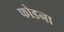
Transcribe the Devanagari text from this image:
फोडना